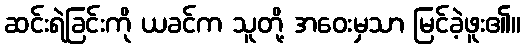
ဆင်းရဲခြင်းကို ယခင်က သူတို့ အဝေးမှသာ မြင်ခဲ့ဖူး၏။